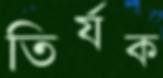
তির্যক